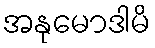
အနုမောဒါမိ